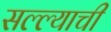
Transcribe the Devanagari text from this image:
सल्ल्याची